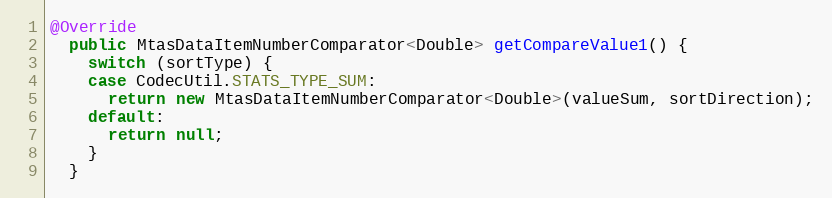
Language: Java
@Override
  public MtasDataItemNumberComparator<Double> getCompareValue1() {
    switch (sortType) {
    case CodecUtil.STATS_TYPE_SUM:
      return new MtasDataItemNumberComparator<Double>(valueSum, sortDirection);
    default:
      return null;
    }
  }